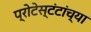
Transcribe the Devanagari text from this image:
प्रोटेस्टंटांच्या